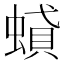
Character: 𧎢